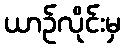
ယာဉ်လိုင်းမှ